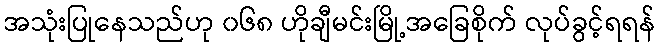
အသုံးပြုနေသည်ဟု ၀၆၈ ဟိုချီမင်းမြို့အခြေစိုက် လုပ်ခွင့်ရရန်